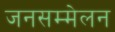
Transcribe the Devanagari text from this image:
जनसम्मेलन